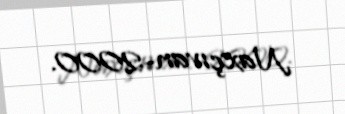
Naxçıvan-2000.